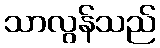
သာလွန်သည်